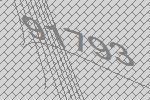
91793